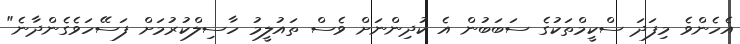
އެހެންވެ މިފަދަ ސްކީމްތަކުގެ ސަބަބުން އެ ކުދިންނަށް ވެސް ތައުލީމު ހާސިލްކުރުމަށް ފަސޭހަވެގެންދާނެ"